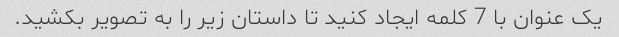
یک عنوان با 7 کلمه ایجاد کنید تا داستان زیر را به تصویر بکشید.